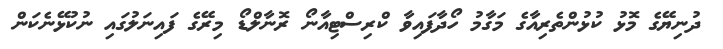
ދުނިޔޭގެ މޮޅު ކުޅުންތެރިއާގެ މަގާމު ހޯދާފައިވާ ކްރިސްޓިއާނޯ ރޮނާލްޑޯ މިރޭގެ ފައިނަލުގައި ނުކުޅޭނެކަން